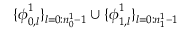
\{ \boldsymbol { \phi } _ { 0 , l } ^ { 1 } \} _ { l = 0 : n _ { 0 } ^ { 1 } - 1 } \cup \{ \boldsymbol { \phi } _ { 1 , l } ^ { 1 } \} _ { l = 0 : n _ { 1 } ^ { 1 } - 1 }